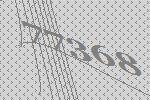
77368